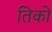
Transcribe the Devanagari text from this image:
तिको